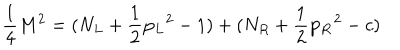
LaTeX: { \frac { 1 } { 4 } } M ^ { 2 } = ( N _ { L } + { \frac { 1 } { 2 } } { \bf p _ { L } } ^ { 2 } - 1 ) + ( N _ { R } + { \frac { 1 } { 2 } } { \bf p _ { R } } ^ { 2 } - c )